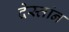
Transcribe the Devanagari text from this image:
देस्तांन